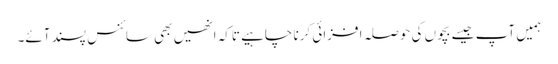
ہمیں آپ جیسے بچوں کی حوصلہ افزائی کرنا چاہیے تاکہ انھیں بھی سائنس پسند آئے۔